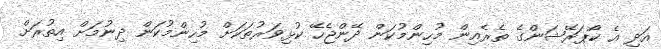
އަދި އެ ކޯޕަރޭޝަންގެ ތެރެއިން މުހިންމުކަން ދޭންޖެހޭ ކުޅިވަރުތަކަށް މުހިންމުކަން ދިނުމަށް އިތުރަށް